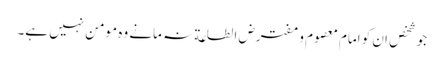
جو شخص ان کو امام معصوم و مفترض الطاعة نہ مانے وہ مومن نہیں ہے۔